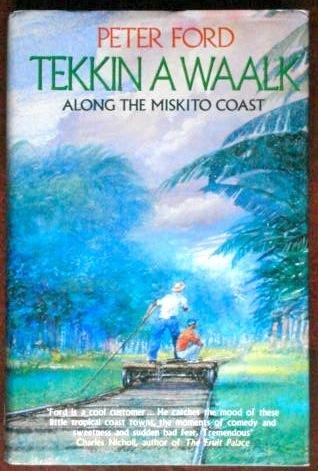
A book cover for Tekkin a Waalk: Along the Miskito Coast; Peter Ford; Travel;